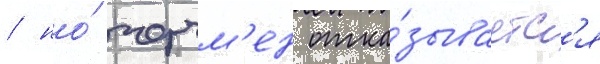
/ но́ черчм'ен отка́зываетс'я